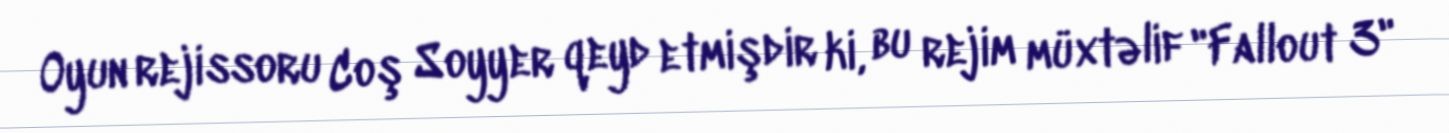
Oyun rejissoru Coş Soyyer qeyd etmişdir ki, bu rejim müxtəlif "Fallout 3"